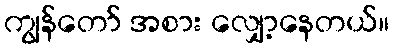
ကျွန်တော် အစား လျှော့နေတယ်။